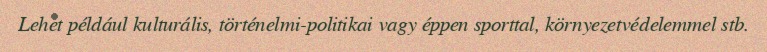
Lehet például kulturális, történelmi-politikai vagy éppen sporttal, környezetvédelemmel stb.